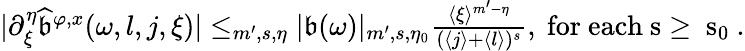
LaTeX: \begin{array}{r}{|\partial_{\xi}^{\eta}\widehat{\mathfrak{b}}^{\varphi,x}(\omega,l,j,\xi)|\le_{m^{\prime},s,\eta}|\mathfrak{b}(\omega)|_{m^{\prime},s,\eta_{0}}\frac{\langle\xi\rangle^{m^{\prime}-\eta}}{(\langle j\rangle+\langle l\rangle)^{s}},\mathrm{~for~each~s\ge~s_0~}.}\end{array}